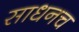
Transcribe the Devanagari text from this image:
साधनच